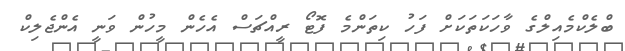
ބްލެކްމެއިލްގެ ވާހަކަތަކަށް ފަހު ކިތަންމެ ފޮޓޯ ރީއްޗަސް އެހެން މީހުން ވަނީ އެންޖެލިކް